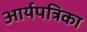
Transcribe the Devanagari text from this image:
आर्यपत्रिका